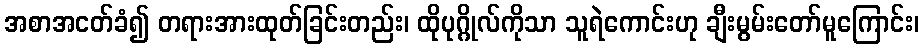
အစာအငတ်ခံ၍ တရားအားထုတ်ခြင်းတည်း၊ ထိုပုဂ္ဂိုလ်ကိုသာ သူရဲကောင်းဟု ချီးမွမ်းတော်မူကြောင်း၊